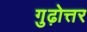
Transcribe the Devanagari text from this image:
गुढ़ोत्तर